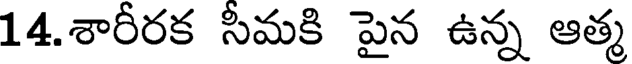
14.శారీరక సీమకి పైన ఉన్న ఆత్మ